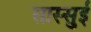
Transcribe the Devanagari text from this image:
सास्सुई